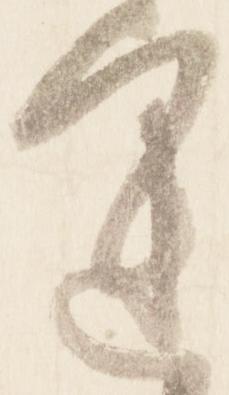
運